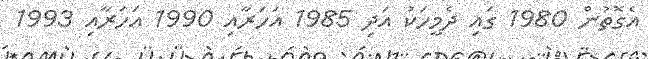
އެގޮތުން 1980 ގައި ދެމީހަކު އަދި 1985 އަހަރާއި 1990 އަހަރާއި 1993